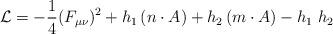
LaTeX: \begin{align*}{\cal L} = -\frac {1}{4}(F_{\mu\nu})^2+h_1\,(n\cdot A)+h_2\,(m\cdot A)-h_1\;h_2\end{align*}